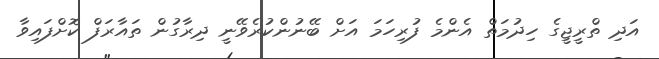
އަދި ތްރީޖީގެ ހިދުމަތް އެންމެ ފުރިހަމަ އަށް ބޭނުންކުރެވޭނީ ދިރާގުން ތައާރަފް ކޮށްފައިވާ